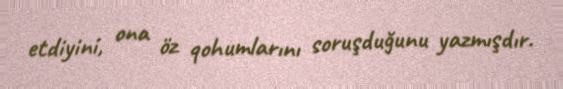
etdiyini, ona öz qohumlarını soruşduğunu yazmışdır.